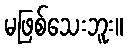
မဖြစ်သေးဘူး။